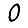
Digit: 0